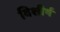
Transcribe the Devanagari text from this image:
विशीर्ष